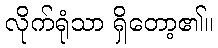
လိုက်ရုံသာ ရှိတော့၏။